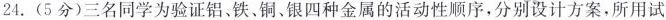
24.(5分)三名同学为验证铝、铁、铜、银四种金属的活动性顺序，分别设计方案，所用试